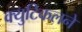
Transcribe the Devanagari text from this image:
क्युटिकलने